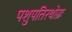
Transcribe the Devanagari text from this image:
पशुपतिरथोग्रः